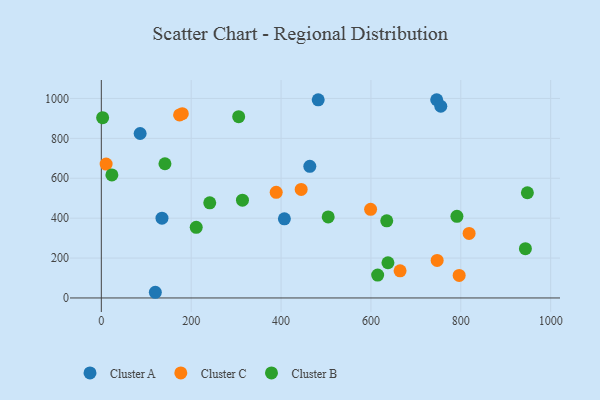
{"axis": {"x": "Engine Size", "y": "Salary"}, "legend": ["Cluster A", "Cluster B", "Cluster C"], "data": [{"x": "86.4", "y": 824.4, "type": "Cluster A"}, {"x": "746.4", "y": 993.6, "type": "Cluster A"}, {"x": "407.4", "y": 396.8, "type": "Cluster A"}, {"x": "755.5", "y": 960.8, "type": "Cluster A"}, {"x": "135.0", "y": 400.0, "type": "Cluster A"}, {"x": "464.0", "y": 659.6, "type": "Cluster A"}, {"x": "120.2", "y": 28.5, "type": "Cluster A"}, {"x": "482.7", "y": 993.3, "type": "Cluster A"}, {"x": "10.7", "y": 671.2, "type": "Cluster C"}, {"x": "444.8", "y": 544.2, "type": "Cluster C"}, {"x": "664.9", "y": 135.8, "type": "Cluster C"}, {"x": "796.4", "y": 112.9, "type": "Cluster C"}, {"x": "599.3", "y": 444.3, "type": "Cluster C"}, {"x": "389.2", "y": 529.4, "type": "Cluster C"}, {"x": "180.2", "y": 923.8, "type": "Cluster C"}, {"x": "174.2", "y": 917.2, "type": "Cluster C"}, {"x": "747.4", "y": 187.9, "type": "Cluster C"}, {"x": "818.5", "y": 323.5, "type": "Cluster C"}, {"x": "948.2", "y": 527.4, "type": "Cluster B"}, {"x": "23.5", "y": 616.5, "type": "Cluster B"}, {"x": "141.6", "y": 672.7, "type": "Cluster B"}, {"x": "791.4", "y": 409.2, "type": "Cluster B"}, {"x": "211.2", "y": 353.9, "type": "Cluster B"}, {"x": "635.2", "y": 386.5, "type": "Cluster B"}, {"x": "241.3", "y": 476.6, "type": "Cluster B"}, {"x": "637.9", "y": 176.5, "type": "Cluster B"}, {"x": "615.0", "y": 114.8, "type": "Cluster B"}, {"x": "305.7", "y": 908.7, "type": "Cluster B"}, {"x": "314.1", "y": 490.2, "type": "Cluster B"}, {"x": "504.9", "y": 406.3, "type": "Cluster B"}, {"x": "943.8", "y": 246.9, "type": "Cluster B"}, {"x": "2.9", "y": 903.8, "type": "Cluster B"}]}